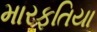
મારફતિયા